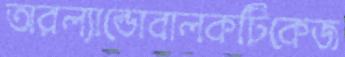
অরল্যান্ডোবালকটিকেজ